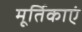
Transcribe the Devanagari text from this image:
मूर्तिकाएं